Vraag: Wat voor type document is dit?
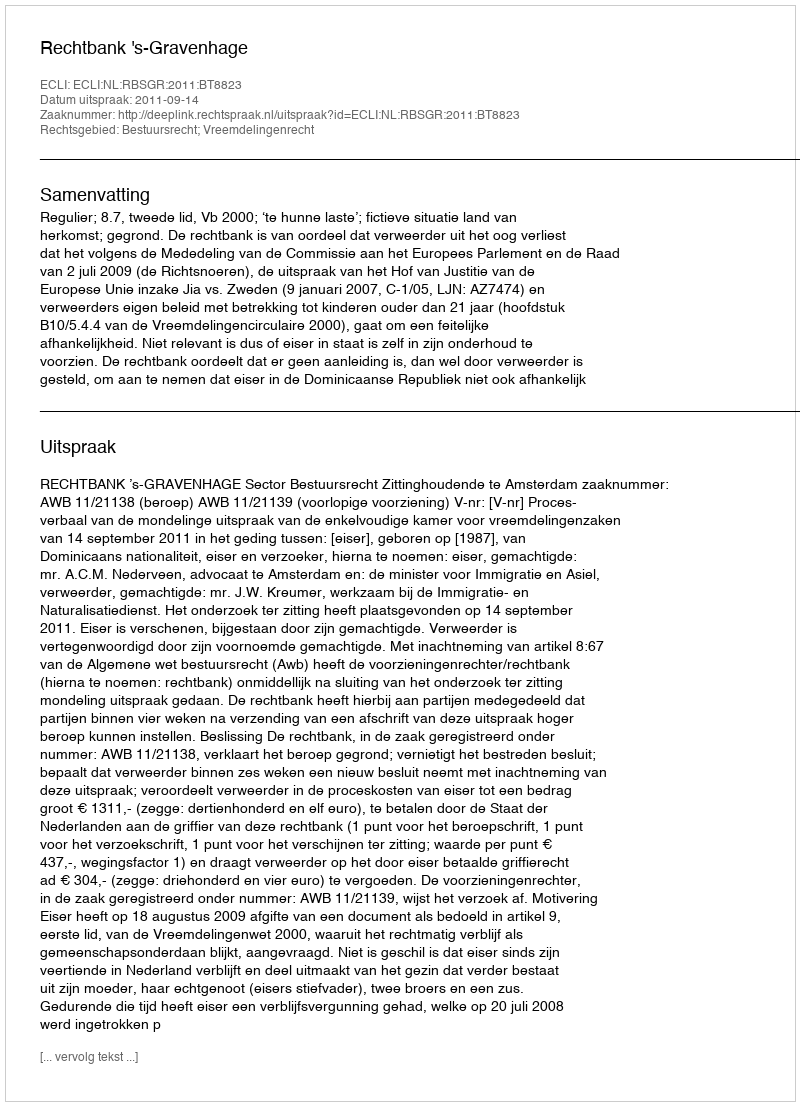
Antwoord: Uitspraak